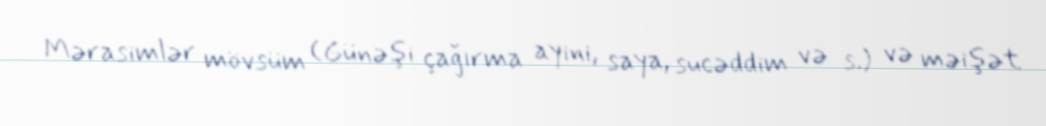
Mərasimlər mövsüm (Günəşi çağırma ayini, saya, sucəddim və s.) və məişət